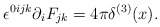
\begin{align*}\epsilon^{0ijk} \partial_i F_{jk} = 4\pi \delta^{(3)}(x).\end{align*}